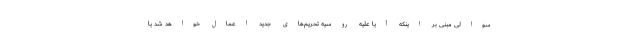
سوالی مبنی بر اینکه آیا علیه روسیه تحریم‌های جدید اعمال خواهد شد یا